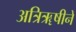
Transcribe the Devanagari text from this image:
अत्रिॠषीनें